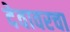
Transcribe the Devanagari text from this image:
देवावरचा